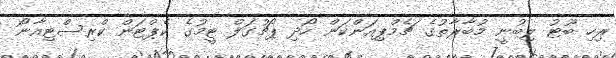
ރިހި ބޫޓު ލިބުނީ މުބާރާތުގެ ޗެމްޕިއަންކަން ހޯދި ޕޯޗުގަލް ޓީމުގެ ކެޕްޓަން ކްރިސްޓިއާނޯ